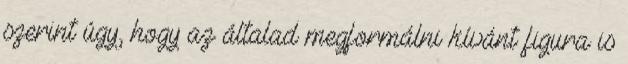
szerint úgy, hogy az általad megformálni kívánt figura is